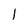
Character: l